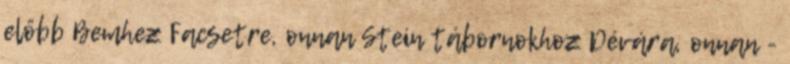
előbb Bemhez Facsetre, onnan Stein tábornokhoz Dévára, onnan -